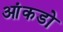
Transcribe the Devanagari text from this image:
आंकडो़